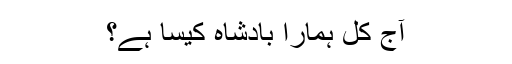
آج کل ہمارا بادشاہ کیسا ہے؟